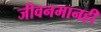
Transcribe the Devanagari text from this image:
जीवनमानही